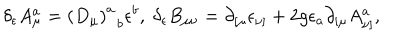
\delta _ { \epsilon } A _ { \mu } ^ { a } = \left( D _ { \mu } \right) _ { \; \; b } ^ { a } \epsilon ^ { b } , \; \delta _ { \epsilon } B _ { \mu \nu } = \partial _ { \left[ \mu \right. } \epsilon _ { \left. \nu \right] } + 2 g \epsilon _ { a } \partial _ { \left[ \mu \right. } A _ { \left. \nu \right] } ^ { a } ,